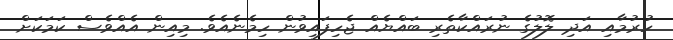
ހުރުމާއި އަދި ލޮލުގެ ނުރައްކާތެރި ބައްޔެއް ޖެހިފައިވުން ހިމެނެއެވެ. މިއިން އެއްވެސް ކަމަކަށް